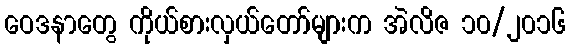
ဝေဒနာတွေ ကိုယ်စားလှယ်တော်များက အဲလိဇ ၁၀/၂၀၁၆